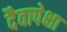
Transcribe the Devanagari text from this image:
दैवापेक्षा